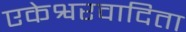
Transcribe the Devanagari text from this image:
एकेश्वरवादिता